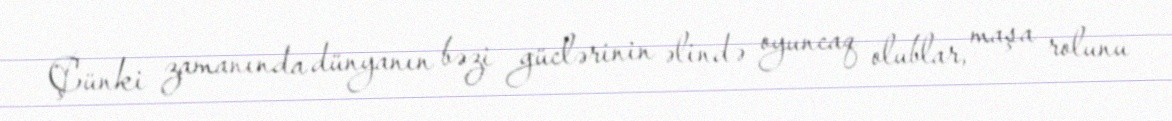
Çünki zamanında dünyanın bəzi güclərinin əlində oyuncaq olublar, maşa rolunu